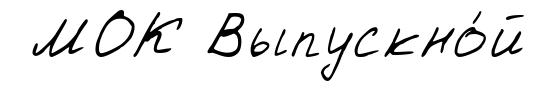
МОК Выпускно́й